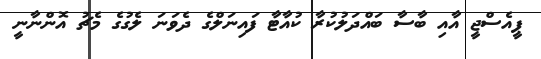
ޕީއެސްޖީ އާއި ބާސާ ބައްދަލުކުރާ ކުއާޓާ ފައިނަލްގެ ދެވަނަ ލެގުގެ މެޗު އޮންނާނީ